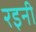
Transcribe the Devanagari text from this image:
रइनी